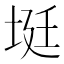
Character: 𡋺